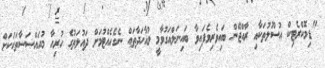
"ޑިމޮކްރެޓިކް އުސޫލުތަކާއި ރާއްޖޭން ބައިވެރިވެފައިވާ ބައިނަލްއަގުވާމީ މުއާހަދާތައް ނެގެހެއްޓުމަށް ދައުލަތުގެ ހުރިހާ މުއައްސަސާތަކަކަށް